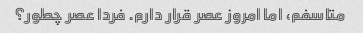
متاسفم، اما امروز عصر قرار دارم. فردا عصر چطور؟